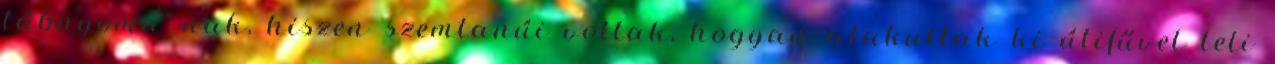
lábnyoma”-nak, hiszen szemtanúi voltak, hogyan alakultak ki útifűvel teli